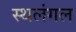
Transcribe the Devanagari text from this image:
स्थलंगल